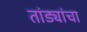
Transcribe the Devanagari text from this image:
तांड्यांचा